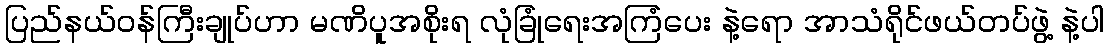
ပြည်နယ်ဝန်ကြီးချုပ်ဟာ မဏိပူအစိုးရ လုံခြုံရေးအကြံပေး နဲ့ရော အာသံရိုင်ဖယ်တပ်ဖွဲ့ နဲ့ပါ